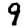
Digit: 9